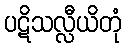
ပဋိသလ္လီယိတုံ